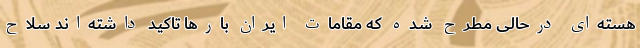
هسته‌ای درحالی مطرح شده که مقامات ایران بارها تاکید داشته‌اند سلاح